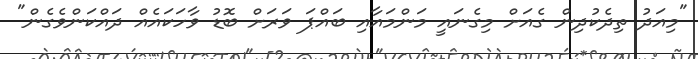
"މިއަދު ތިދެކުދިން ގެއަށް މިގެނައީ މަންމައާއި ބައްޕަ ވަރަށް ބޮޑު ވާހަކައެއް ދައްކަންވެގެން"